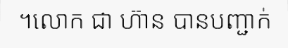
។លោក ជា ហ៊ាន បានបញ្ជាក់